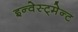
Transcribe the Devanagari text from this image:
इन्वेस्ट्मेन्ट